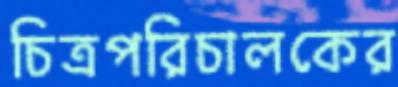
চিত্রপরিচালকের